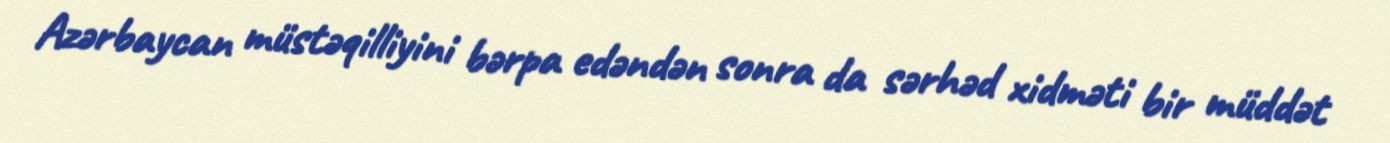
Azərbaycan müstəqilliyini bərpa edəndən sonra da sərhəd xidməti bir müddət